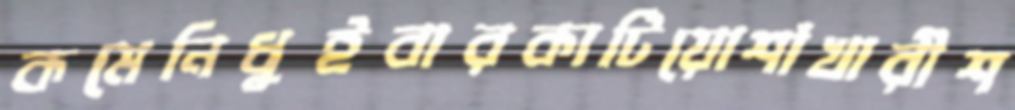
কমেনিধুইবারকাটিয়োশাঁখারীশ